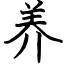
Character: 养